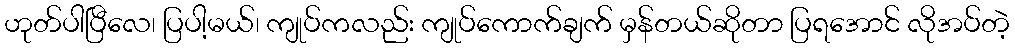
ဟုတ်ပါပြီလေ၊ ပြပါ့မယ်၊ ကျုပ်ကလည်း ကျုပ်ကောက်ချက် မှန်တယ်ဆိုတာ ပြရအောင် လိုအပ်တဲ့